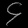
Digit: ၄